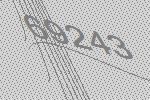
69243